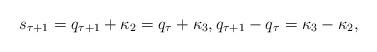
LaTeX: \begin{align*} s_{\tau+1} = q_{\tau+1} + \kappa_2 = q_\tau+\kappa_3 , q_{\tau+1} - q_\tau = \kappa_3 - \kappa_2 , \end{align*}